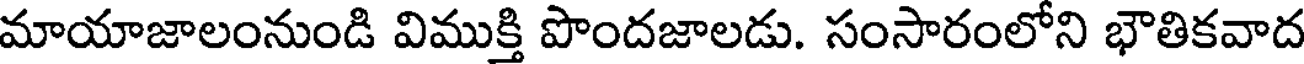
మాయాజాలంనుండి విముక్తి పొందజాలడు. సంసారంలోని భౌతికవాద